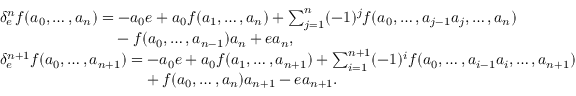
\begin{array} { r l } & { \delta _ { e } ^ { n } f ( a _ { 0 } , \dots , a _ { n } ) = - a _ { 0 } e + a _ { 0 } f ( a _ { 1 } , \dots , a _ { n } ) + \sum _ { j = 1 } ^ { n } ( - 1 ) ^ { j } f ( a _ { 0 } , \dots , a _ { j - 1 } a _ { j } , \dots , a _ { n } ) } \\ & { \hphantom { \delta _ { e } ^ { n } f ( a _ { 0 } , \dots , a _ { n } ) = } - f ( a _ { 0 } , \dots , a _ { n - 1 } ) a _ { n } + e a _ { n } , } \\ & { \delta _ { e } ^ { n + 1 } f ( a _ { 0 } , \dots , a _ { n + 1 } ) = - a _ { 0 } e + a _ { 0 } f ( a _ { 1 } , \dots , a _ { n + 1 } ) + \sum _ { i = 1 } ^ { n + 1 } ( - 1 ) ^ { i } f ( a _ { 0 } , \dots , a _ { i - 1 } a _ { i } , \dots , a _ { n + 1 } ) } \\ & { \hphantom { \delta _ { e } ^ { n + 1 } f ( a _ { 0 } , \dots , a _ { n + 1 } ) = } + f ( a _ { 0 } , \dots , a _ { n } ) a _ { n + 1 } - e a _ { n + 1 } . } \end{array}